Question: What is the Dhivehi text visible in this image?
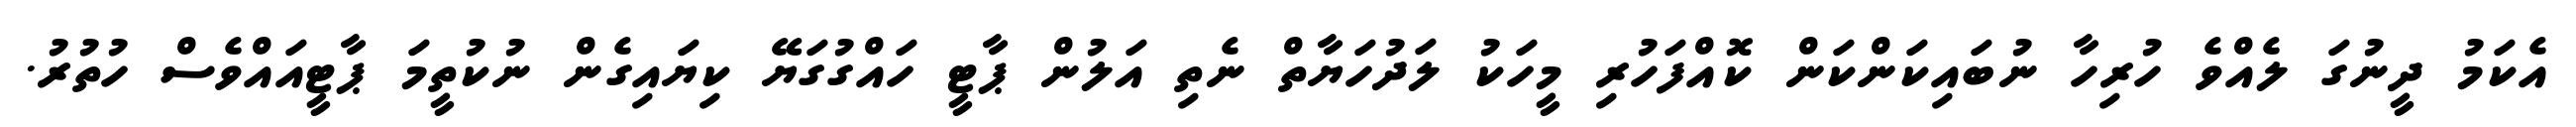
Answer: އެކަމު ދީނުގަ ލެއްވެ ހުރިހާ ނުބައިކަންކަން ކޮއްފަހުރި މީހަކު ލަދުހަޔާތް ނެތި އަލުން ޕާޓީ ހައްގުގަޔޭ ކިޔައިގެން ނުކުތީމަ ޕާޓީއައްވެސް ހުތުރު.